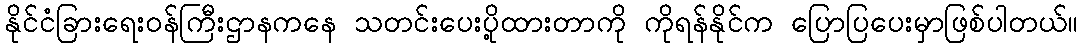
နိုင်ငံခြားရေးဝန်ကြီးဌာနကနေ သတင်းပေးပို့ထားတာကို ကိုရန်နိုင်က ပြောပြပေးမှာဖြစ်ပါတယ်။